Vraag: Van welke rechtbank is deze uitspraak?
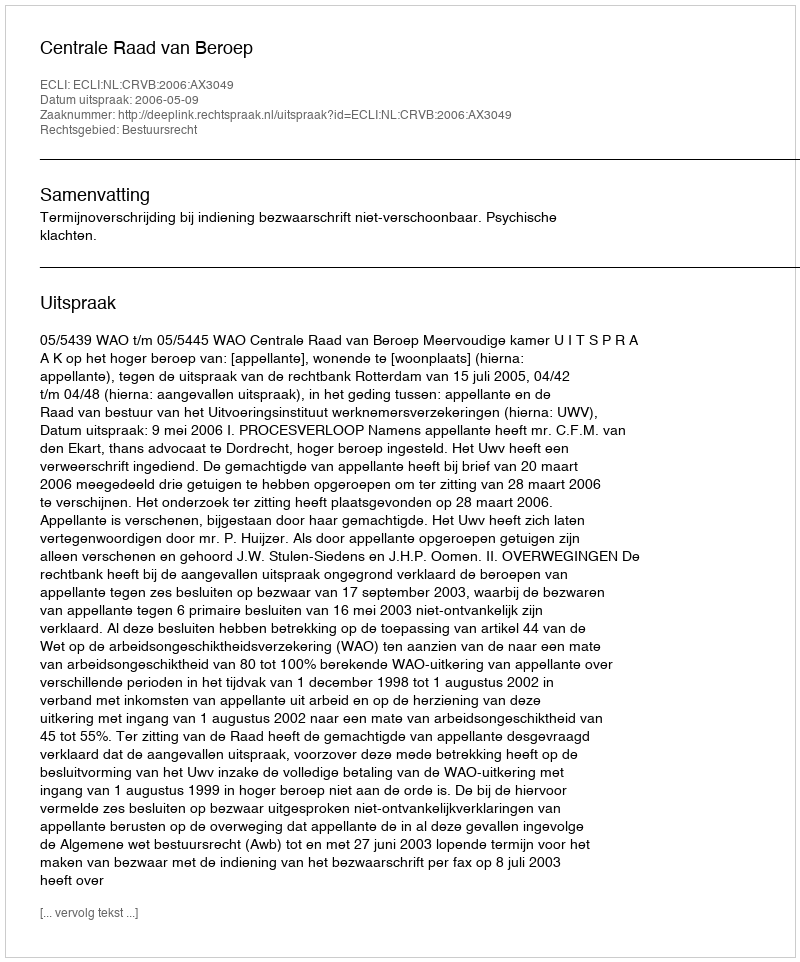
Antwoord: Centrale Raad van Beroep